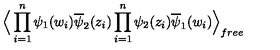
\Big \langle \prod _ { i = 1 } ^ { n } \psi _ { 1 } ( w _ { i } ) \overline { { \psi } } _ { 2 } ( z _ { i } ) \prod _ { i = 1 } ^ { n } \psi _ { 2 } ( z _ { i } ) \overline { { \psi } } _ { 1 } ( w _ { i } ) \Big \rangle _ { f r e e }